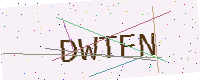
Text: DWTFN